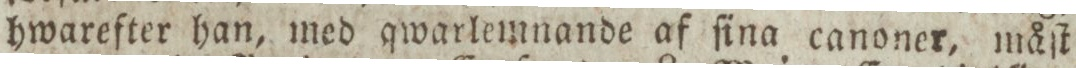
hwarefter han, med qwarlemnande af ſina canoner, måſt